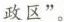
政区”。